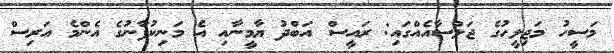
މަސީހު މަޖިލީހުގެ ޖަލްސާއެއްގައި: ރައީސް އަބްދު ޔާމީނާއި އެ މަނިކުފާނުގެ އެންމެ އަރިސް